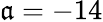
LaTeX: \mathfrak{a}=-14